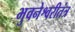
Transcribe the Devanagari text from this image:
भुवनेश्वरीतंत्र